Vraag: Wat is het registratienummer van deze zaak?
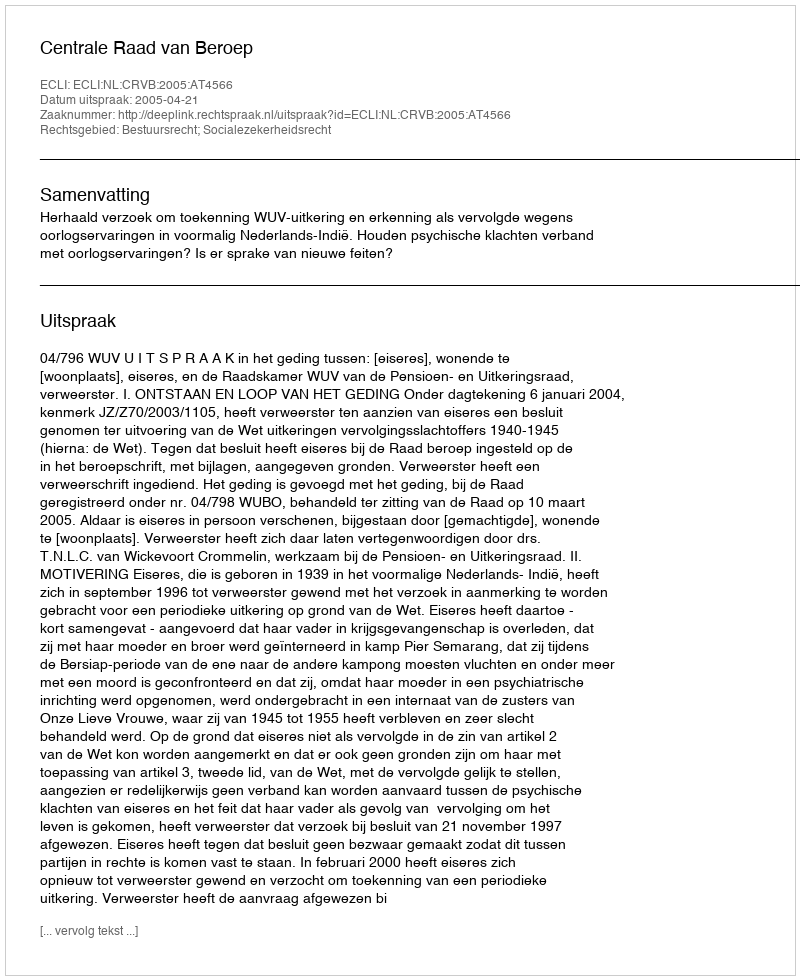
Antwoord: http://deeplink.rechtspraak.nl/uitspraak?id=ECLI:NL:CRVB:2005:AT4566